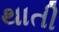
થાતી